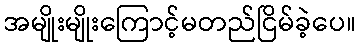
အမျိုးမျိုးကြောင့်မတည်ငြိမ်ခဲ့ပေ။